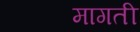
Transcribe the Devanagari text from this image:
मागती